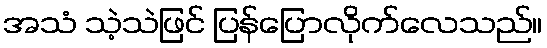
အသံ သဲ့သဲဖြင် ပြန်ပြောလိုက်လေသည်။